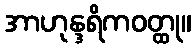
အာဟုန္ဒရိကဝတ္ထု။